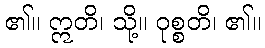
၏။ ဣတိ၊ သို့။ ဝုစ္စတိ၊ ၏။